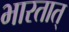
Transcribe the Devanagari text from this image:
भारतात्